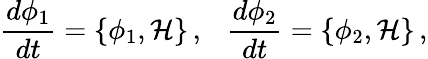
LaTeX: \frac{d\phi_{1}}{dt}=\{ \phi_{1},{\mathcal H}\} \, ,~~~\frac{d\phi_{2}}{dt}=\{ \phi_{2},{\mathcal H}\} \, ,